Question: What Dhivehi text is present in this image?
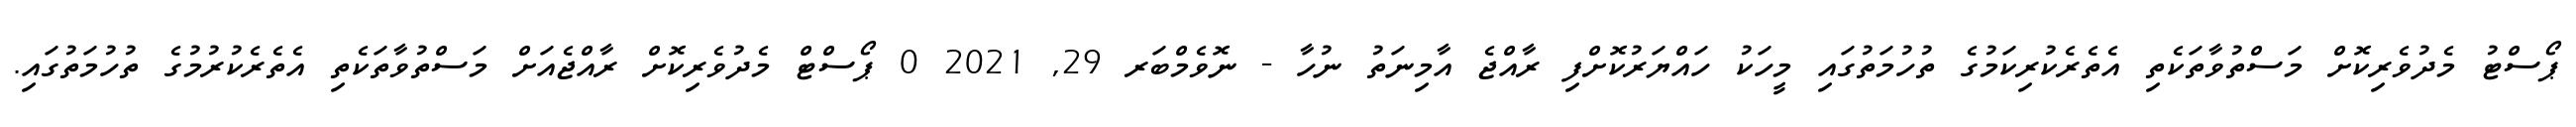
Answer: ޕޯސްޓު މެދުވެރިކޮށް މަސްތުވާތަކެތި އެތެރެކުރިކަމުގެ ތުހުމަތުގައި މީހަކު ހައްޔަރުކޮށްފި ރާއްޖެ އާމިނަތު ނުހާ - ނޮވެމްބަރ 29, 2021 0 ޕޯސްޓް މެދުވެރިކޮށް ރާއްޖެއަށް މަސްތުވާތަކެތި އެތެރެކުރުމުގެ ތުހުމަތުގައި.